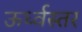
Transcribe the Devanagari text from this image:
ऊर्ध्वस्तर